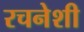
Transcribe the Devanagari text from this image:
रचनेशी